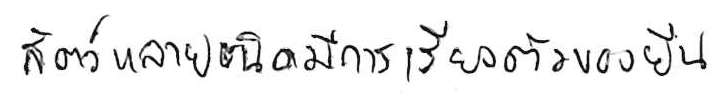
สัตว์หลายชนิดมีการเรียงตัวของยีน